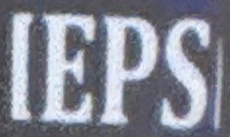
IEPS